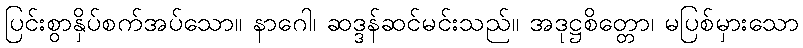
ပြင်းစွာနှိပ်စက်အပ်သော။ နာဂေါ၊ ဆဒ္ဒန်ဆင်မင်းသည်။ အဒုဋ္ဌစိတ္တော၊ မပြစ်မှားသော